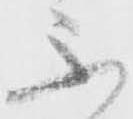
不